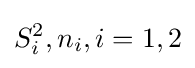
S_{i}^{2},n_{i},i=1,2